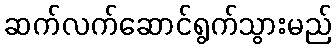
ဆက်လက်ဆောင်ရွက်သွားမည်